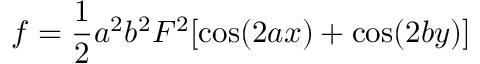
f = \frac 1 2 a ^ { 2 } b ^ { 2 } F ^ { 2 } [ \cos ( 2 a x ) + \cos ( 2 b y ) ]